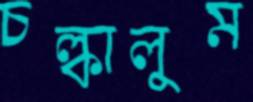
চল্‌কালুম